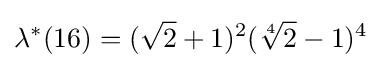
\lambda ^{*}(16)=({\sqrt {2}}+1)^{2}({\sqrt[{4}]{2}}-1)^{4}